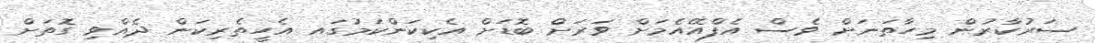
ސަރުކާރުން މިހާތަނަށް ވެސް އެފްއޭއެމަށް ވަރަށް ބޮޑަށް އެކިކަންކަމުގައ އެހީތެރިކަން ދެއްވި ގޮތަށް